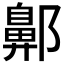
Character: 𨞳